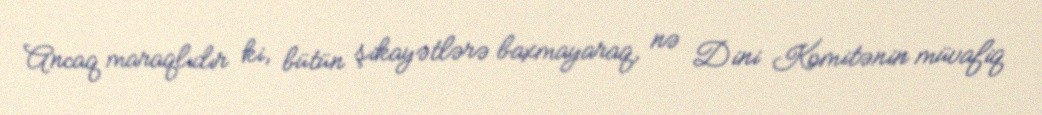
Ancaq maraqlıdır ki, bütün şikayətlərə baxmayaraq, nə Dini Komitənin müvafiq